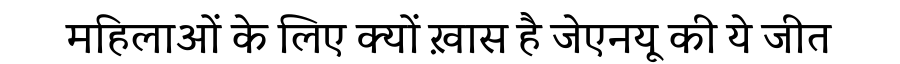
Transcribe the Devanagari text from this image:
महिलाओं के लिए क्यों ख़ास है जेएनयू की ये जीत